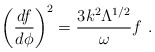
\begin{align*}\left(\frac{df}{d\phi}\right)^{2} = \frac{3k^{2}\Lambda^{1/2}}{\omega}f ~.\end{align*}